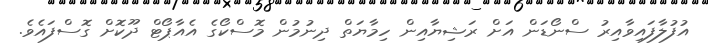
އުފުލާފައިވާއިރު ސްނޯޑަން އަށް ރަޝިޔާއިން ހިމާޔަތް ދިނުމުން މޮސްކޯގެ އެއާޕޯޓް ދޫކޮށް ގޮސްފައެވެ.